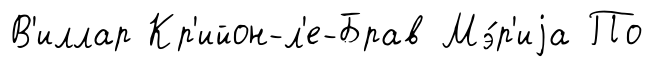
В'иллар Кр'ийон-л'е-Брав Мэ́р'иjа По